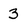
Character: 3